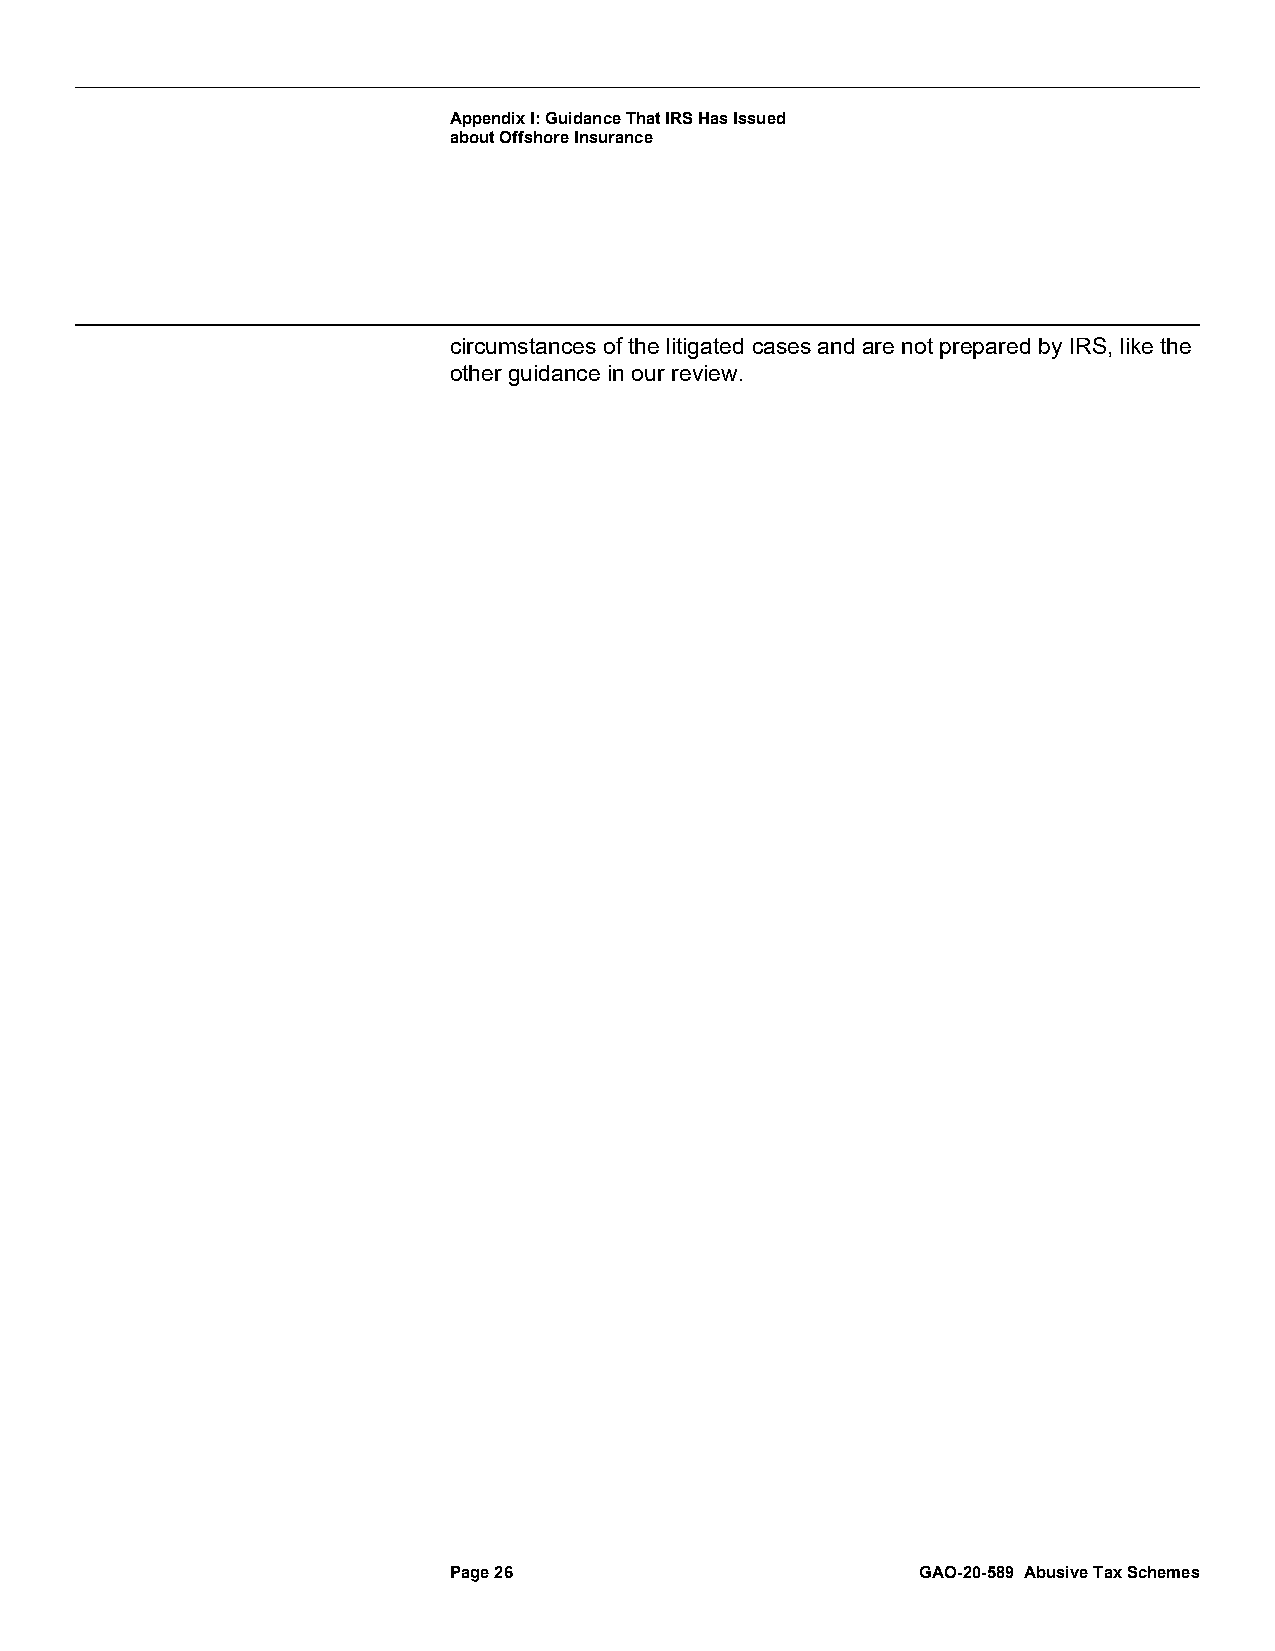
Appendix I: Guidance That IRS Has Issued
 about Offshore Insurance
 circumstances of the litigated cases and are not prepared by IRS, like the
 other guidance in our review.
 Page 26                        GAO-20-589 Abusive Tax Schemes